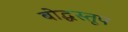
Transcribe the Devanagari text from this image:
बोद्धस्तूप